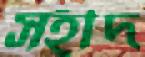
সহীদ